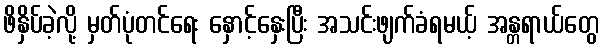
ဖိနှိပ်ခဲ့လို့ မှတ်ပုံတင်ရေး နှောင့်နှေးပြီး အသင်းဖျက်ခံရမယ့် အန္တရာယ်တွေ